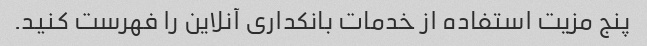
پنج مزیت استفاده از خدمات بانکداری آنلاین را فهرست کنید.